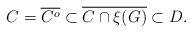
LaTeX: \begin{align*}C = \overline{C^o} \subset \overline{C \cap \xi(G)} \subset D.\end{align*}